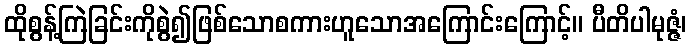
ထိုစွန့်ကြဲခြင်းကိုစွဲ၍ဖြစ်သောစကားဟူသောအကြောင်းကြောင့်။ ပီတိပါမုဇ္ဇံ၊